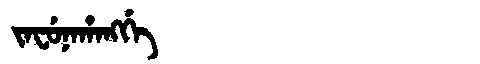
Manchu: ᠵᠠᠸᡠᠨᠠᡥᠠᠩᡤᡝ
Romanization: JAFUNAHANGGE